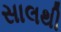
સાલથી